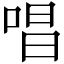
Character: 唱